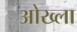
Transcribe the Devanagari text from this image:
ओख्ला